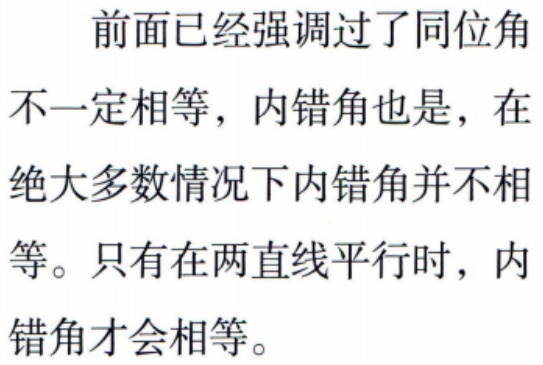
前面已经强调过了同位角不一定相等，内错角也是，在绝大多数情况下内错角并不相等。只有在两直线平行时，内错角才会相等。